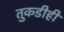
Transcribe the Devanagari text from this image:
तुकडीही